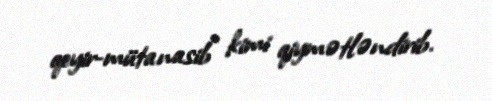
qeyir-mütanasib" kimi qiymətləndirib.